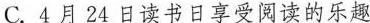
C.4月24日读书日享受阅读的乐趣